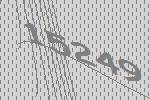
15249